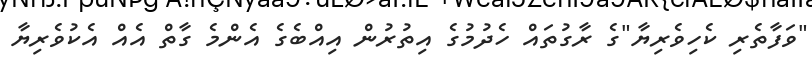
"ވަފާތެރި ކެހިވެރިޔާ"ގެ ރާގުތައް ހެދުމުގެ އިތުރުން އިއްބެގެ އެންމެ ގާތް އެއް އެކުވެރިޔާ